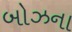
બોઝના